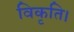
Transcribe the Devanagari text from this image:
विकृति।